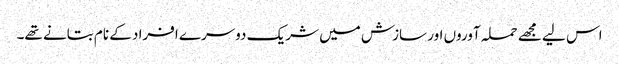
اس لیے مجھے حملہ آوروں اور سازش میں شریک دوسرے افراد کے نام بتانے تھے۔